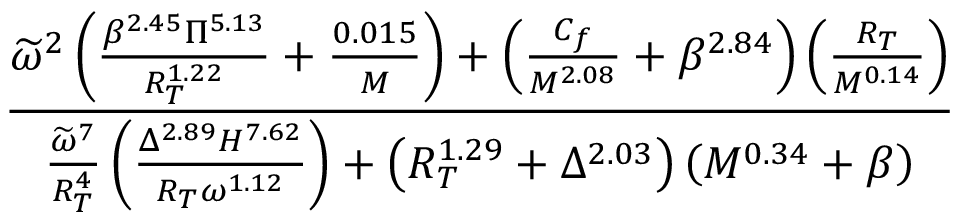
\frac { \widetilde { \omega } ^ { 2 } \left( \frac { \beta ^ { 2 . 4 5 } \Pi ^ { 5 . 1 3 } } { R _ { T } ^ { 1 . 2 2 } } + \frac { 0 . 0 1 5 } { M } \right) + \left( \frac { C _ { f } } { M ^ { 2 . 0 8 } } + \beta ^ { 2 . 8 4 } \right) \left( \frac { R _ { T } } { M ^ { 0 . 1 4 } } \right) } { \frac { \widetilde { \omega } ^ { 7 } } { R _ { T } ^ { 4 } } \left( \frac { \Delta ^ { 2 . 8 9 } H ^ { 7 . 6 2 } } { R _ { T } \omega ^ { 1 . 1 2 } } \right) + \left( R _ { T } ^ { 1 . 2 9 } + \Delta ^ { 2 . 0 3 } \right) \left( M ^ { 0 . 3 4 } + \beta \right) }